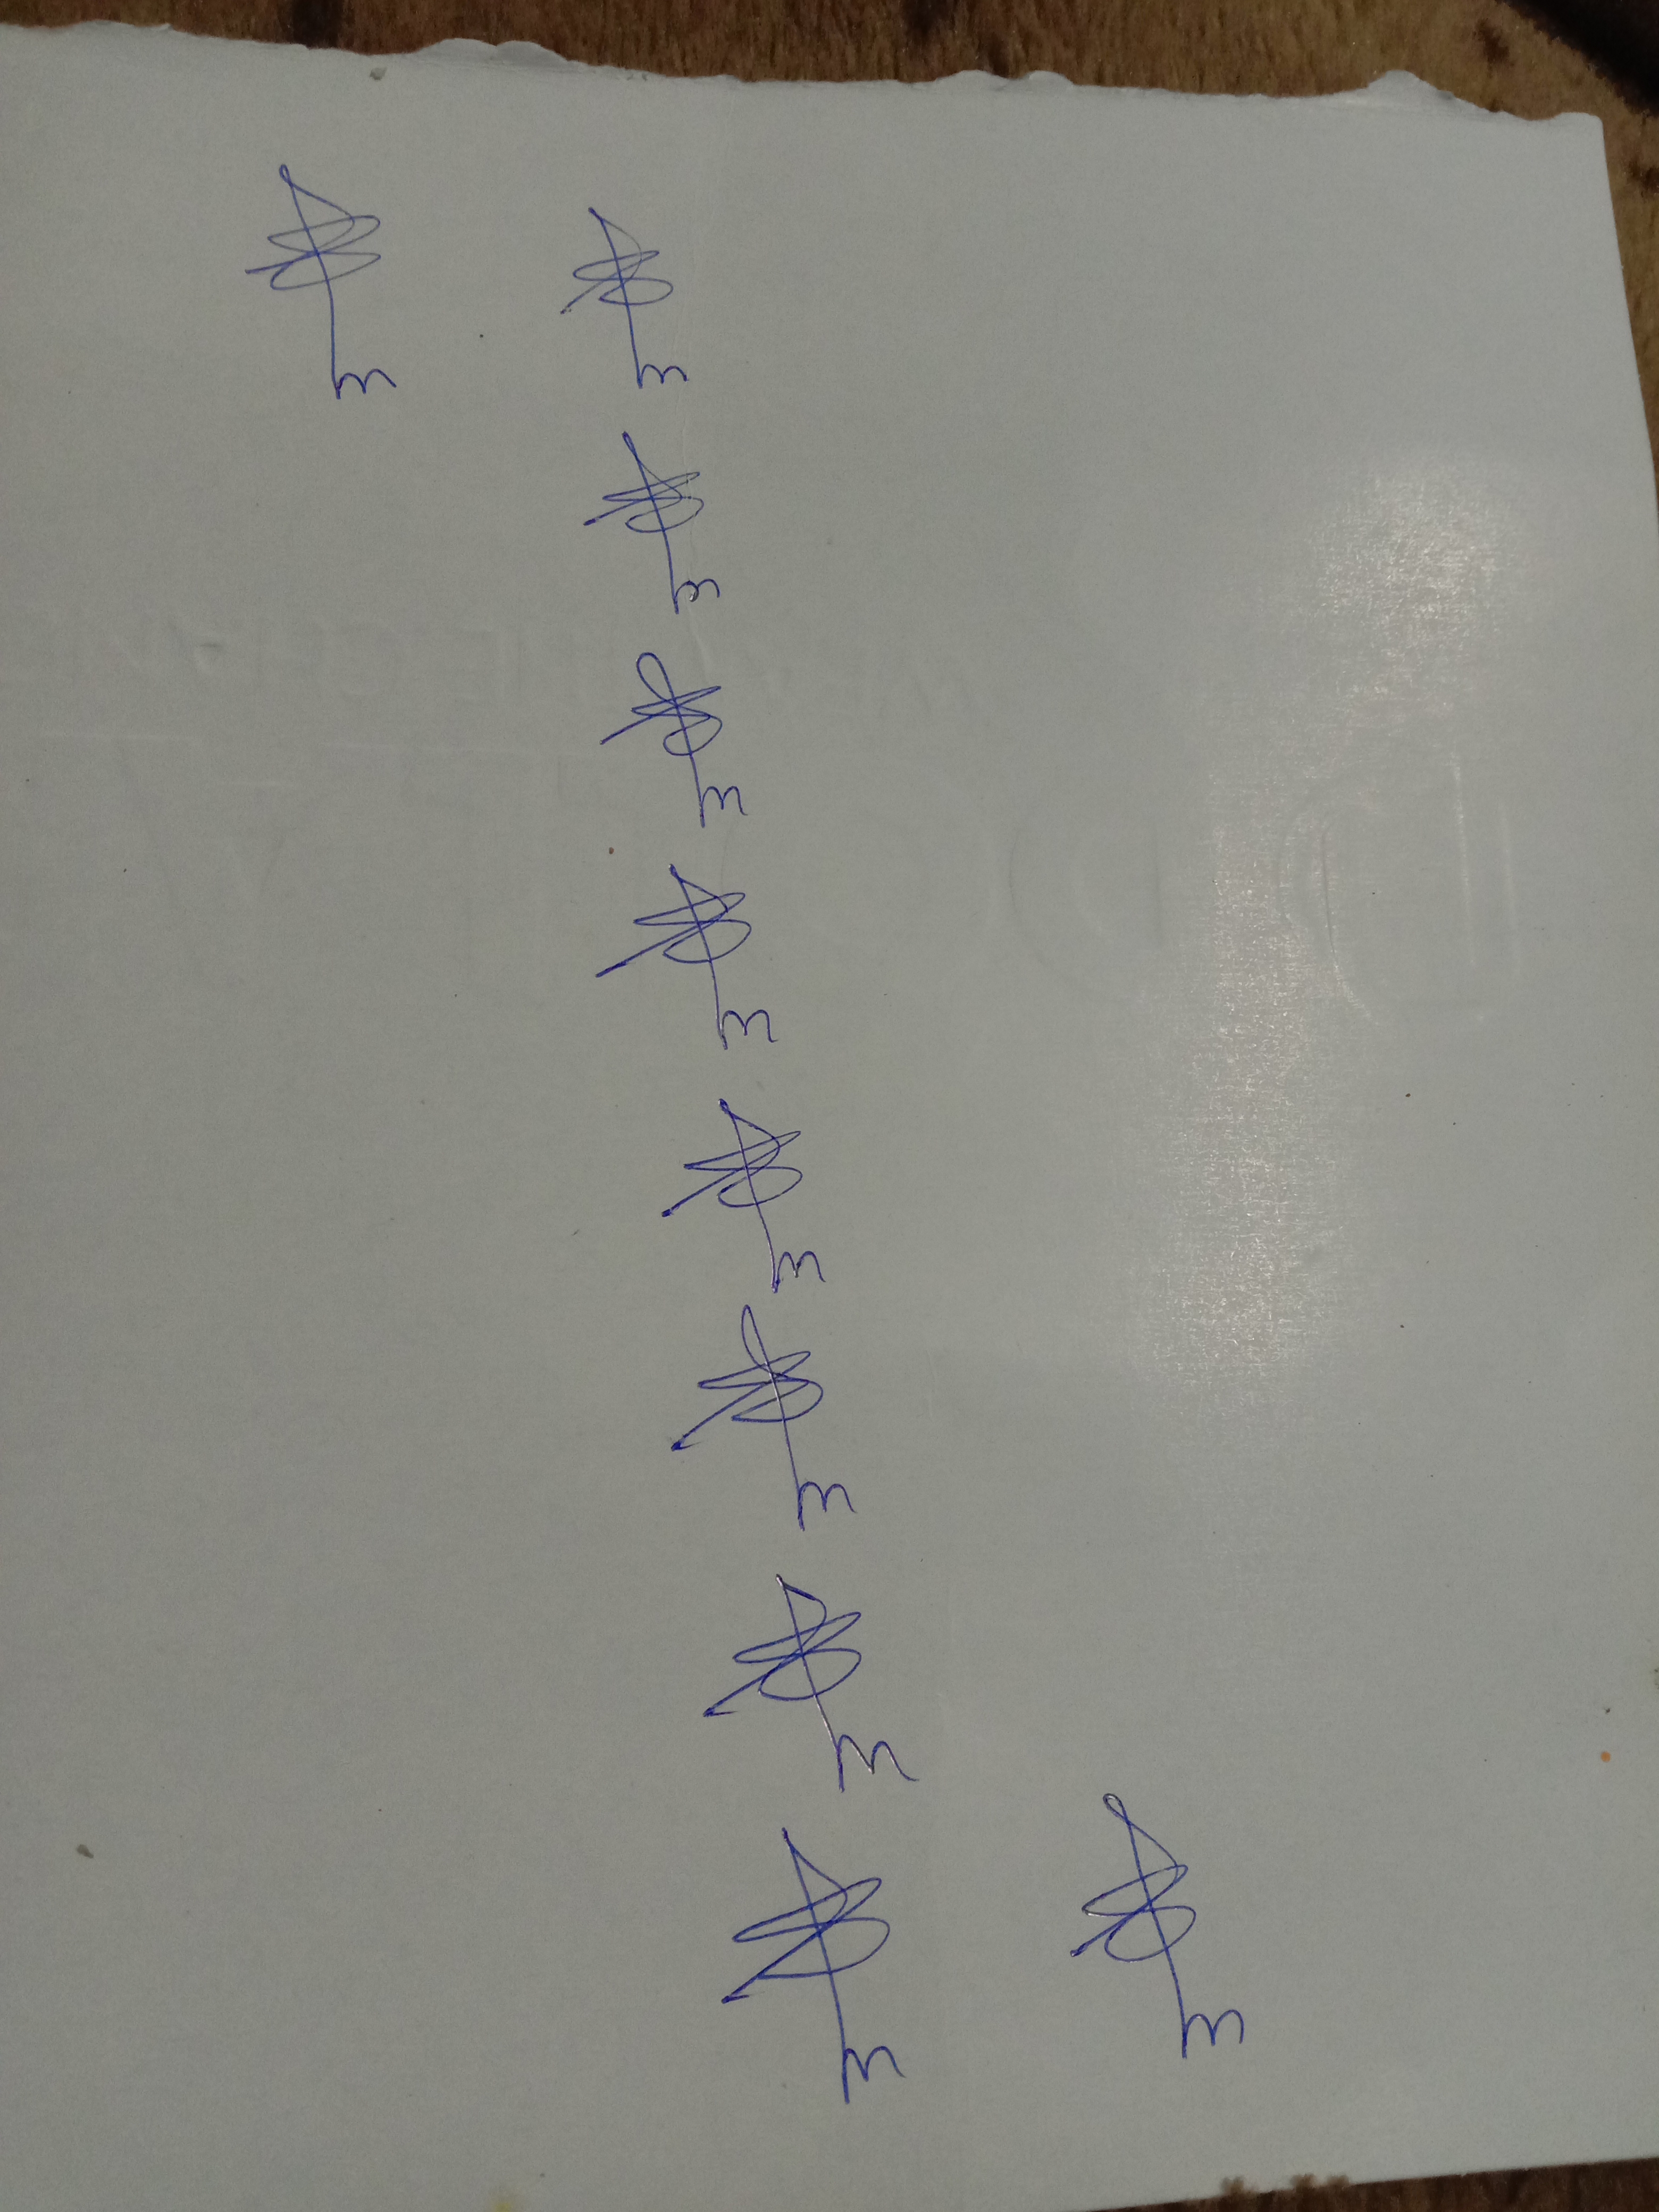
Signature authenticity: genuine